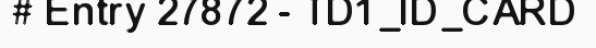
# Entry 27872 - TD1_ID_CARD